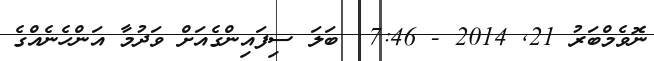
ނޮވެމްބަރު 21